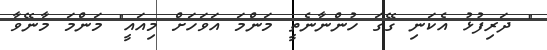
" ދަރިފުޅު އެކަނި ގޭގަ ހުންނާނެތީ މަންމަ އަވަހަށް މިއައީ" މަންމަ މާނޭވާ